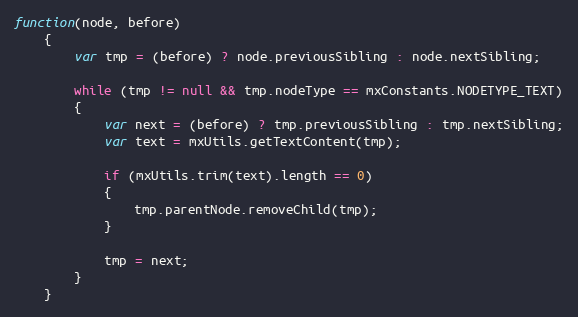
Language: JavaScript
function(node, before)
	{
		var tmp = (before) ? node.previousSibling : node.nextSibling;

		while (tmp != null && tmp.nodeType == mxConstants.NODETYPE_TEXT)
		{
			var next = (before) ? tmp.previousSibling : tmp.nextSibling;
			var text = mxUtils.getTextContent(tmp);

			if (mxUtils.trim(text).length == 0)
			{
				tmp.parentNode.removeChild(tmp);
			}

			tmp = next;
		}
	}